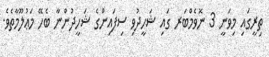
ތިރީގައި މިވަނީ 3 ނޮވެމްބަރ ގައި ޝަހީދުވި ސިފައިންގެ ޝަހީދުންނާ ބެހޭ މަޢުލޫމާތެވެ.